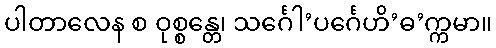
ပါတာလေန စ ဝုစ္စန္တေ၊ သင်္ဂေါ’ပင်္ဂေဟိ’ဓ’က္ကမာ။